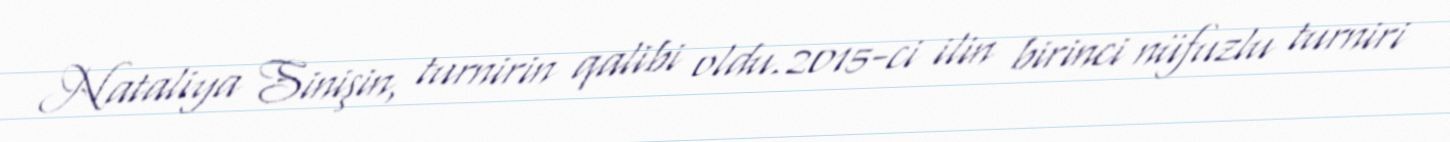
Nataliya Sinişin, turnirin qalibi oldu.2015-ci ilin birinci nüfuzlu turniri